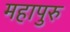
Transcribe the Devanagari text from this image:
महापुरु